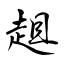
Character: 趄